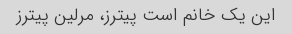
این یک خانم است پیترز، مرلین پیترز